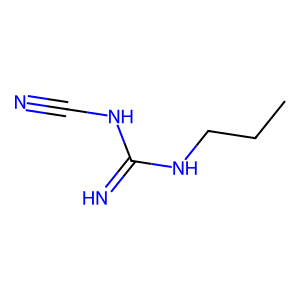
SMILES: CCCNC(=N)NC#N
Inhibits HIV replication: No